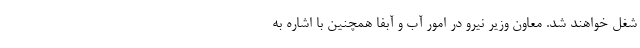
شغل خواهند شد. معاون وزیر نیرو در امور آب و آبفا همچنین با اشاره به